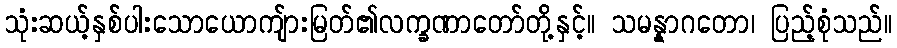
သုံးဆယ့်နှစ်ပါးသောယောကျ်ားမြတ်၏လက္ခဏာတော်တို့နှင့်။ သမန္နာဂတော၊ ပြည့်စုံသည်။